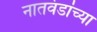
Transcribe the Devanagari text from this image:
नातवंडांच्या